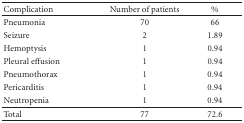
<table><thead><tr><td><b>Complication</b></td><td><b>Number of patients</b></td><td><b>%</b></td></tr></thead><tbody><tr><td>Pneumonia</td><td>70</td><td>66</td></tr><tr><td>Seizure</td><td> 2</td><td> 1.89</td></tr><tr><td>Hemoptysis</td><td> 1</td><td> 0.94</td></tr><tr><td>Pleural effusion</td><td> 1</td><td> 0.94</td></tr><tr><td>Pneumothorax</td><td> 1</td><td> 0.94</td></tr><tr><td>Pericarditis</td><td> 1</td><td> 0.94</td></tr><tr><td>Neutropenia</td><td> 1</td><td> 0.94</td></tr><tr><td>Total</td><td>77</td><td>72.6</td></tr></tbody></table>